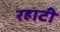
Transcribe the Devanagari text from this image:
रहाटी